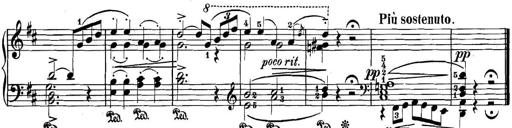
Title: 3 Sonatinas
Composer: Carl Reinecke